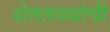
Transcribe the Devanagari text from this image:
शेततळ्यांची